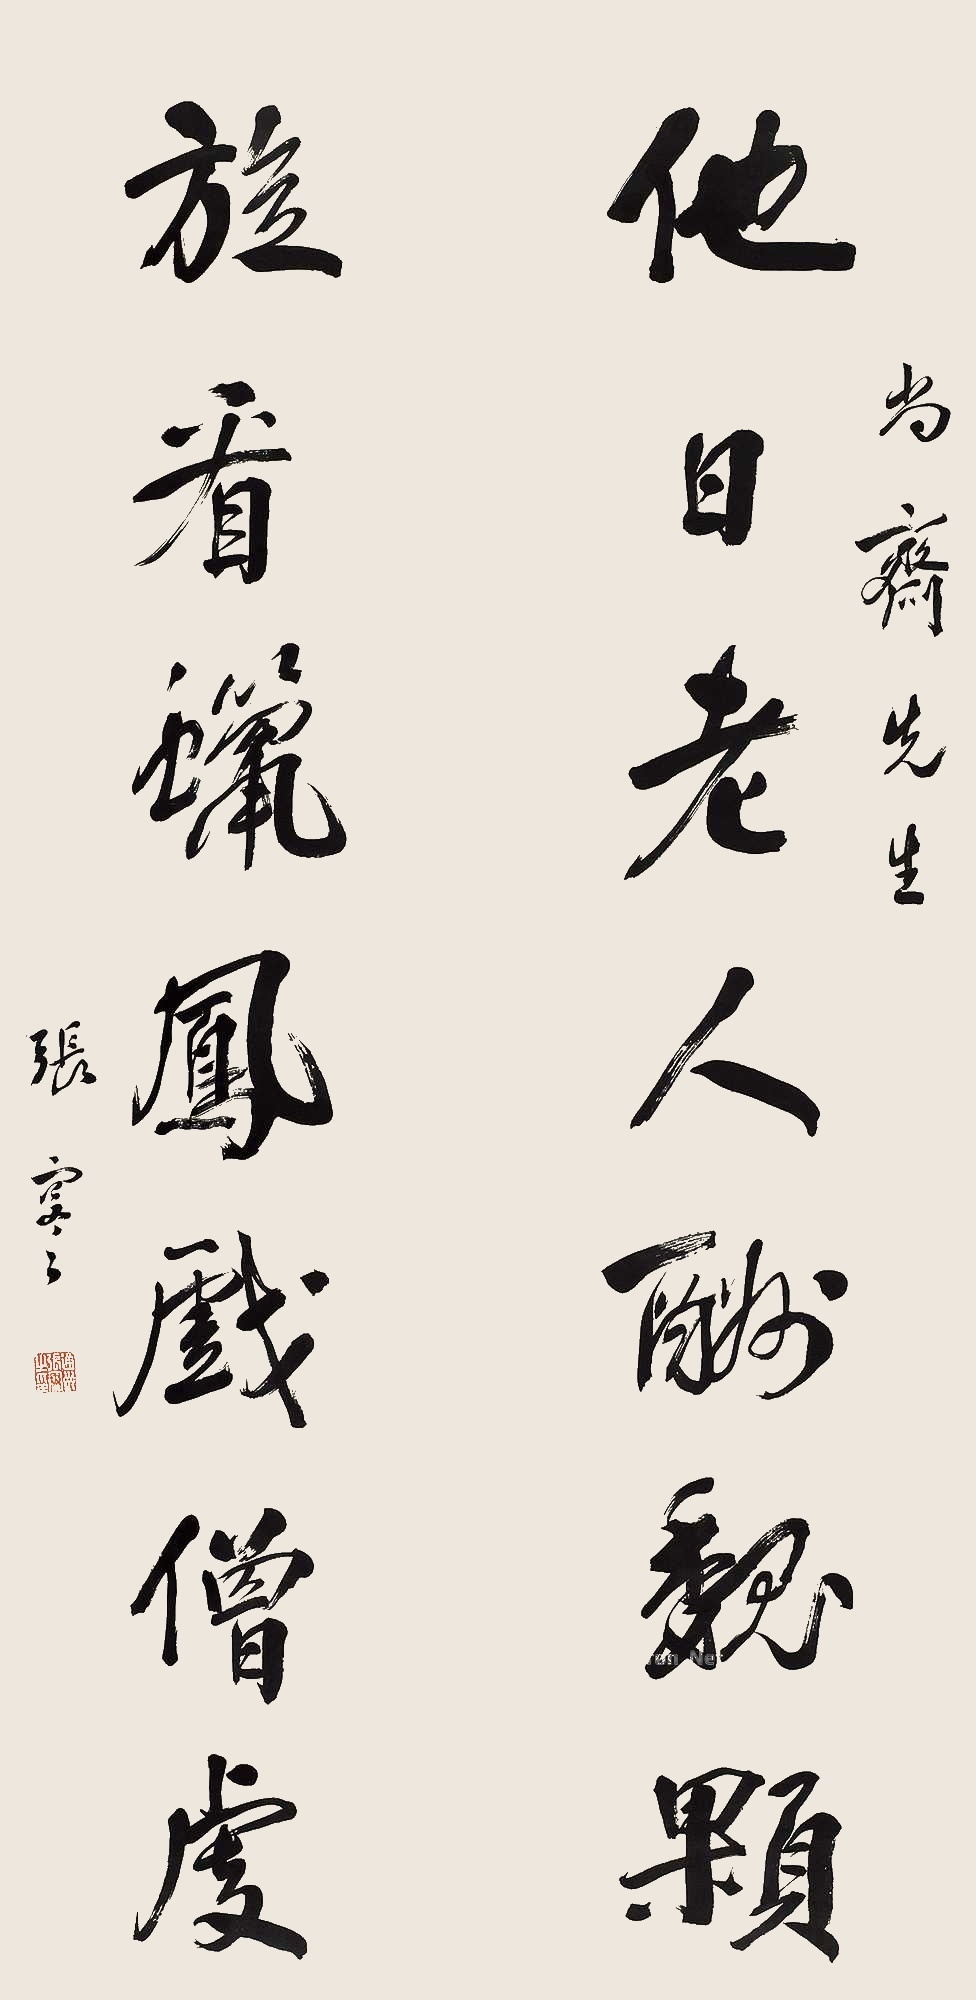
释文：他日老人酬魏颗，旋看蜡凤戏僧虔。尚斋先生，张謇。